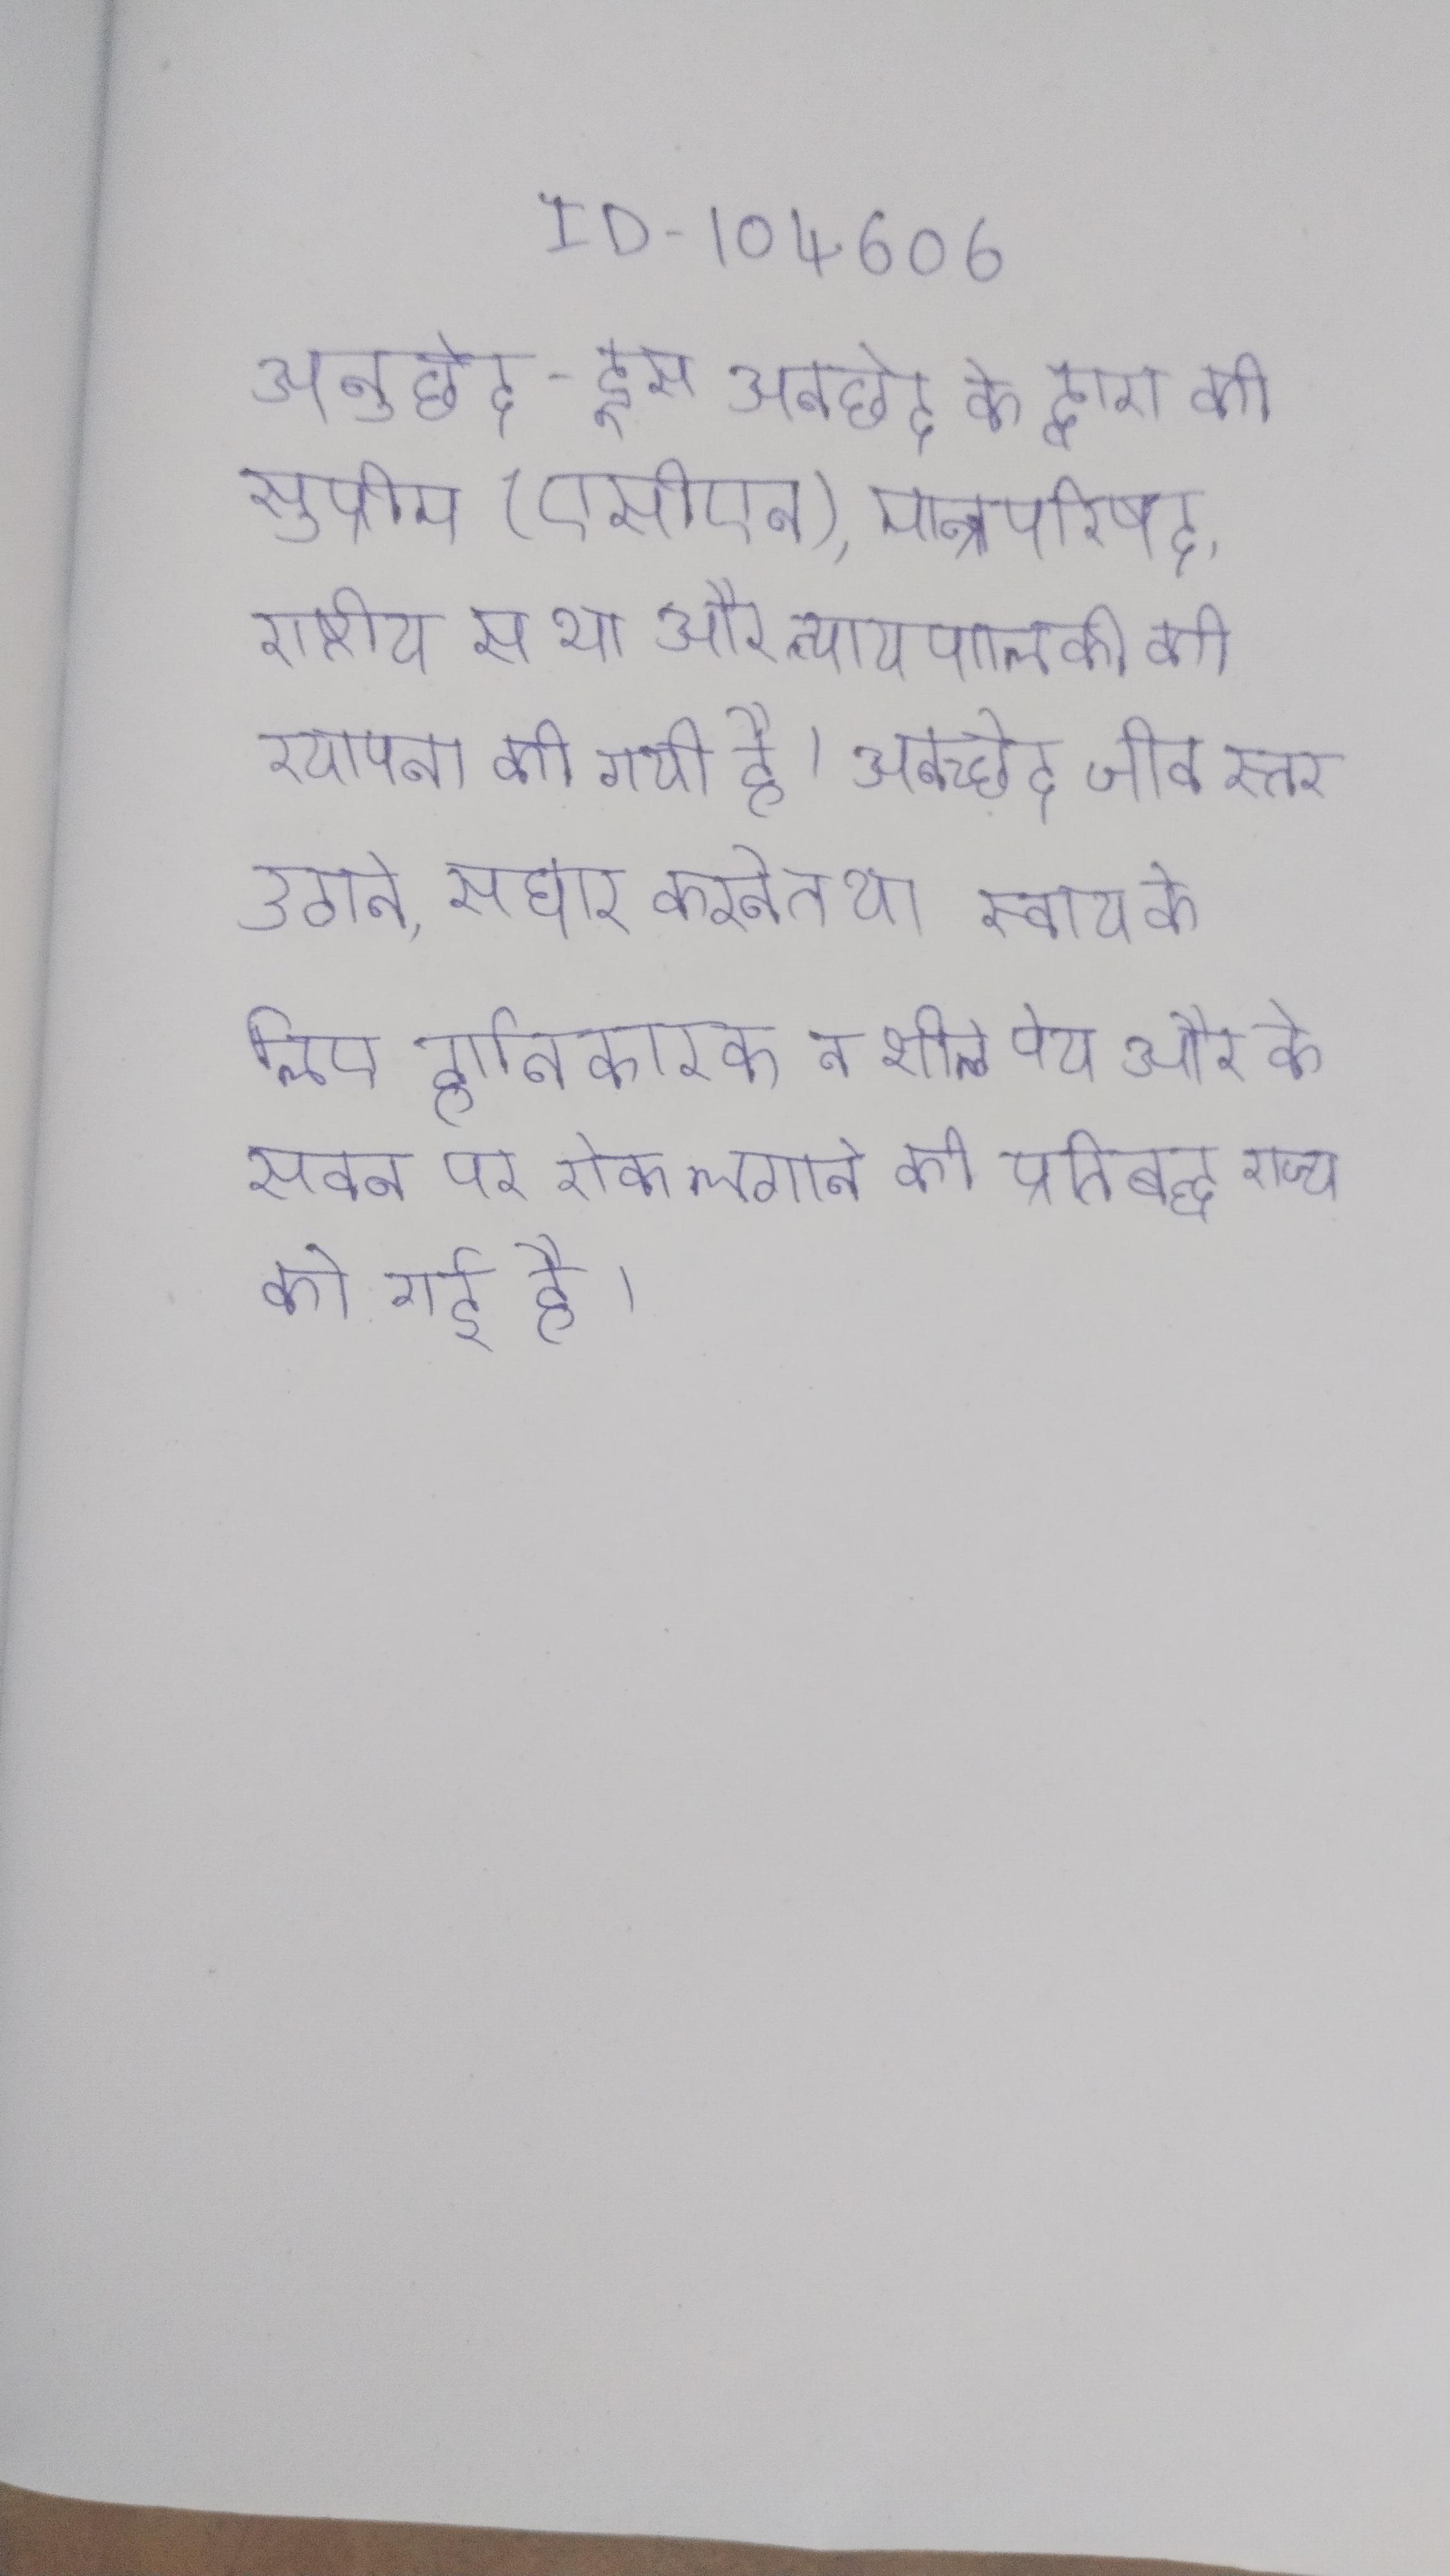
अनुच्छेद - इस अनुच्छेद के द्वारा की सुप्रीम (एससीएन), मन्त्रिपरिषद, राष्ट्रीय सभा और न्यायपालिका की स्थापना की गयी है । अनुच्छेद जीवन स्तर उठाने, सार्वजनिक स्वास्थ्य सुधार करने तथा स्वास्थ्य के लिए हानिकारक नशीले पेय और के सेवन पर रोक लगाने की प्रतिबद्धता राज्य को गई है ।